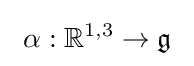
\ \alpha :\mathbb {R} ^{1,3}\rightarrow {\mathfrak {g}}\